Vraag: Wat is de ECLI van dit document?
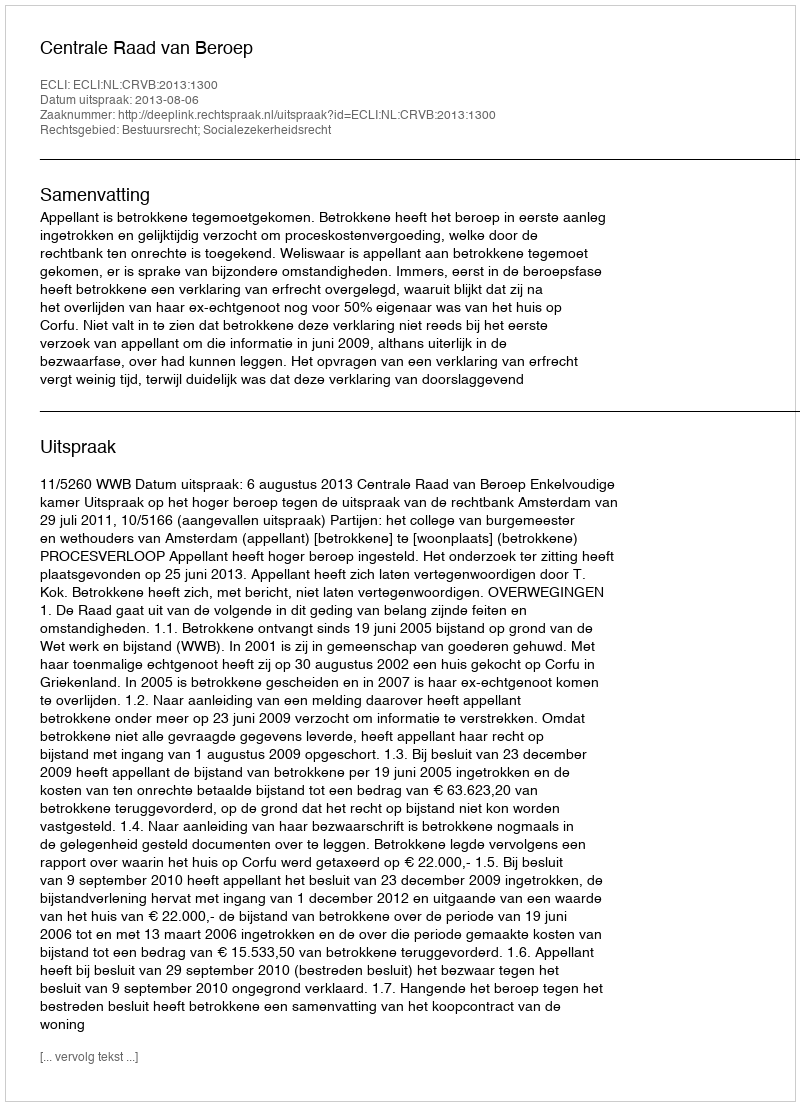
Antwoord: ECLI:NL:CRVB:2013:1300